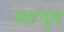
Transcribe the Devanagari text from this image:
सालुब